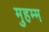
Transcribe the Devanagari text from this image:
मुहम्म